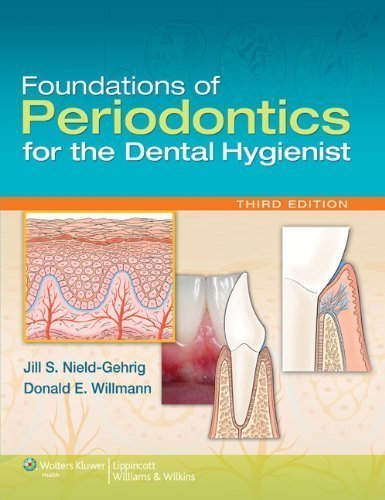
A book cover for Foundations of Periodontics for the Dental Hygienist 3rd (third) Edition by Nield-Gehrig RDH MA, Jill S., Willmann DDS MS, Donald E. published by Lippincott Williams & Wilkins (2011); Medical Books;